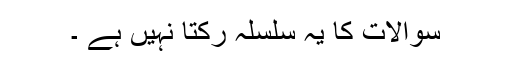
سوالات کا یہ سلسلہ رکتا نہیں ہے ۔